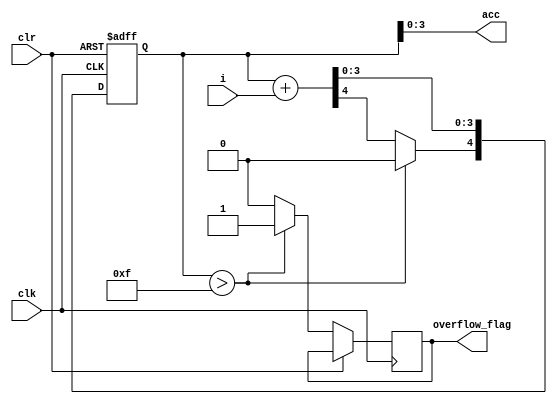
module accumulator (i,acc,clk,clr,overflow_flag);
    input [3:0]i;
    output [3:0]acc;
    reg [4:0]accum;
    input clk,clr;
    output overflow_flag;
    reg overflow_flag,carry;

    always @(posedge clk or posedge clr) begin
        if (clr) begin
            accum <= 5'b00000;
            carry <= 4'b0000;
        end
        else begin
            accum <= accum+i;
            if (accum>15)
            begin
                accum[4]<=0;
                overflow_flag<=1;
            end
            else begin
                overflow_flag=0;
            
        end
    end
    end
    assign acc=accum[3:0];
endmodule